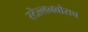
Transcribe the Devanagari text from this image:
स्‍टेल्‍लनबोसच